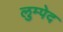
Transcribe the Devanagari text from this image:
लुम्पेद